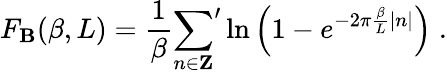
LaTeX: F_{\mathbf{B}}(\beta,L)=\frac{{1}}{{\beta}}{\sum_{n\in{\mathbf{Z}}}}^{\prime}\ln{\left(1-e^{-2\pi\frac{{\beta}}{{L}}|n|}\right)}\; .